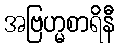
အဗြဟ္မစာရိနီ